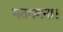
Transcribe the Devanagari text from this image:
मतगणना।